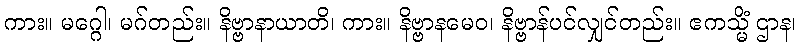
ကား။ မဂ္ဂေါ၊ မဂ်တည်း။ နိဗ္ဗာနာယာတိ၊ ကား။ နိဗ္ဗာနမေဝ၊ နိဗ္ဗာန်ပင်လျှင်တည်း။ ဧကသ္မိံ ဌာန၊